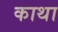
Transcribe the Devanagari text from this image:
काथा